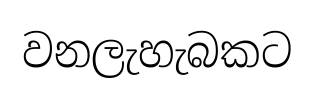
වනලැහැබකට